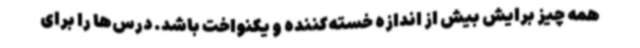
همه چیز برایش بیش از اندازه خسته‌کننده و یکنواخت باشد. درس‌ها را برای